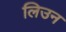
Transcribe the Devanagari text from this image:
लिउन